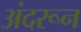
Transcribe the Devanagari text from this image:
अंदरून